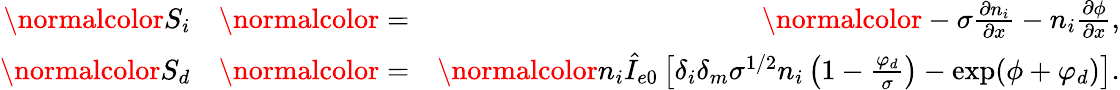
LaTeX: \begin{array}{rlr}{{\normalcolor S_{i}}}&{{\normalcolor=}}&{{\normalcolor-\sigma\frac{\partial n_{i}}{\partial x}-n_{i}\frac{\partial\phi}{\partial x},}}\\ {{\normalcolor S_{d}}}&{{\normalcolor=}}&{{\normalcolor n_{i}\hat{I}_{e0}\left[\delta_{i}\delta_{m}\sigma^{1/2}n_{i}\left(1-\frac{\varphi_{d}}{\sigma}\right)-\exp(\phi+\varphi_{d})\right].}}\end{array}